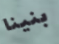
بنينا